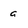
Character: a